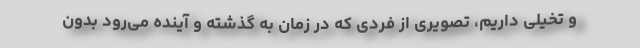
و تخیلی داریم، تصویری از فردی که در زمان به گذشته و آینده می‌رود بدون